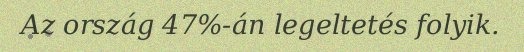
Az ország 47%-án legeltetés folyik.